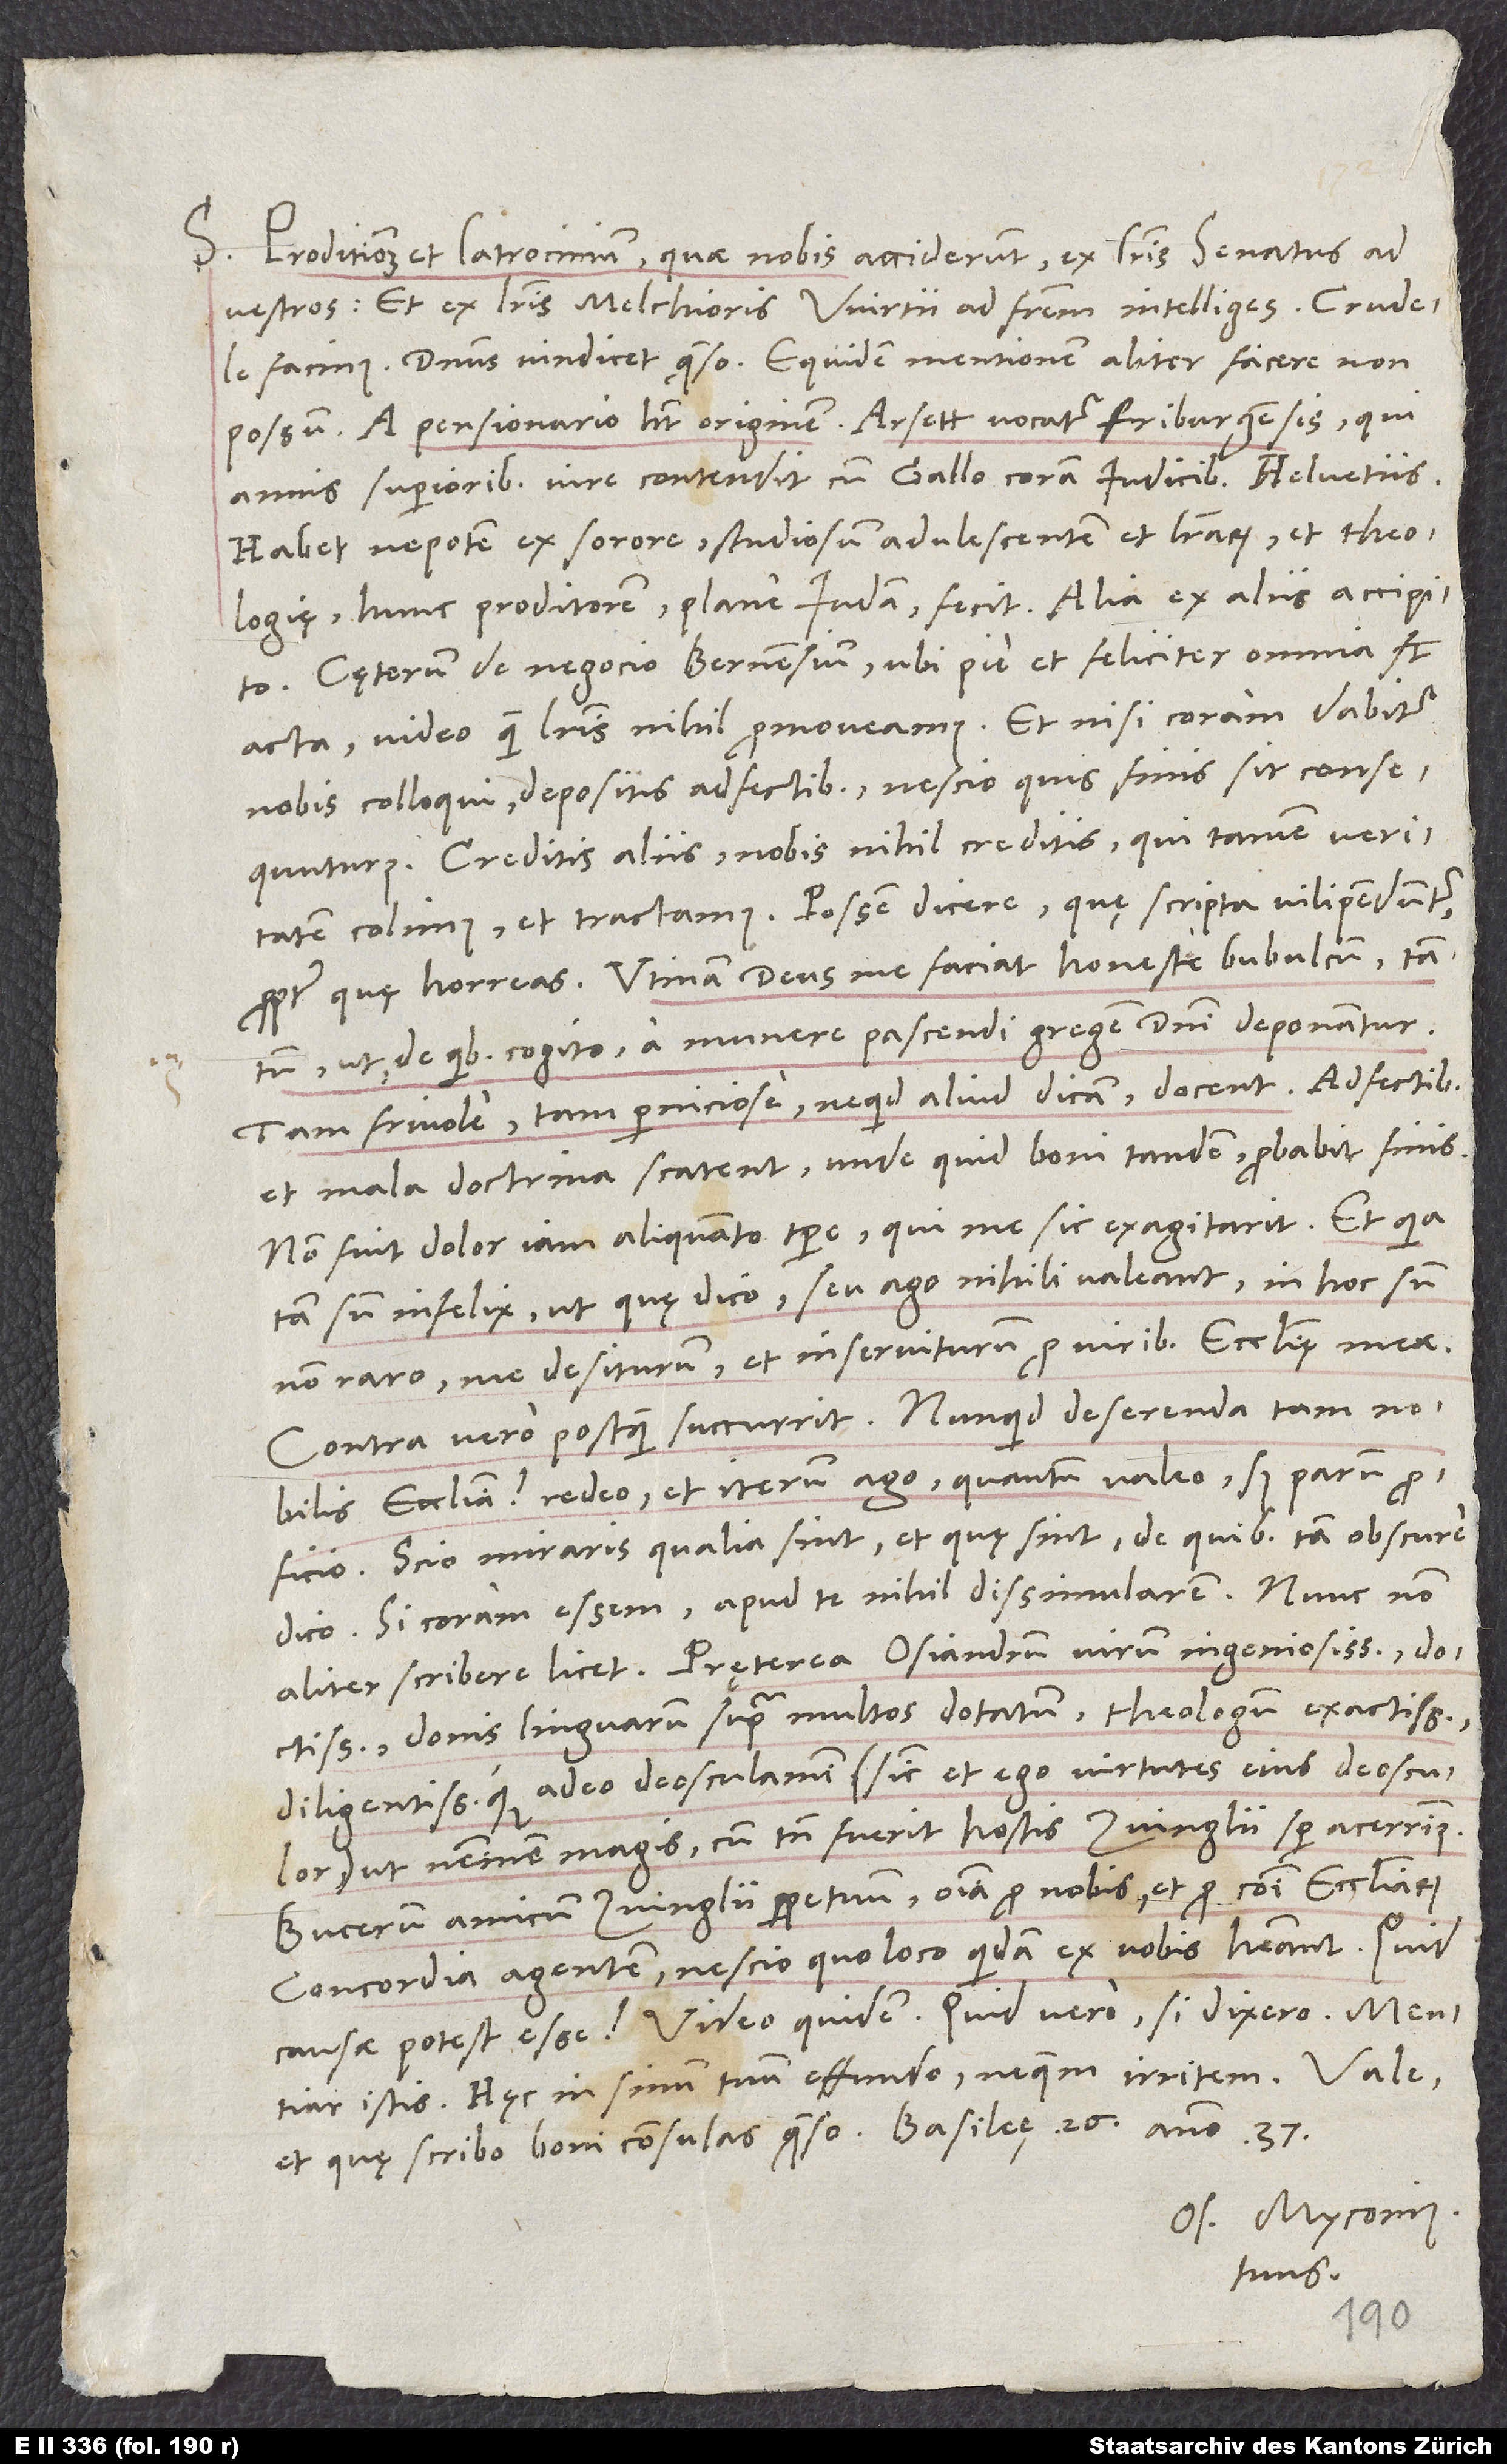
S. Proditionem et latrocinium, quae nobis acciderunt, ex literis senatus ad
vestros et ex literis Melchioris Wirtii ad fratrem intelliges. Crudele
facinus. Dominus vindicet, quaeso. Equidem mentionem aliter facere non
possum. A pensionario habet originem. Arsett vocatur, Friburgensis, qui
annis superioribus iure contendit cum Gallo coram iudicibus Helvetiis.
Habet nepotem ex sorore, studiosum adolescentem et literarum et theologiae;
hunc proditorem, plane Iudam fecit. Alia ex aliis accipito.
Cęterum de negocio Bernensium, ubi pie et feliciter omnia sunt
acta, video, quam literis nihil promoveamus. Et nisi coram dabitur
nobis colloqui depositis adfectibus, nescio, quis finis sit consequuturus.
Creditis aliis; nobis nihil creditis, qui tamen veritatem
colimus et tractamus. Possem dicere, quę scripta vilipenduntur,
propter quę horreas. Utinam deus me faciat honeste bubulcum, tantum
ut, de quibus cogito, a munere pascendi gregem domini deponantur!
Tam frivole, tam perniciose, ne quid aliud dicam, docent. Adfectibus
et mala doctrina scatent, unde quid boni tandem, probabit finis.
Non fuit dolor iam aliquanto tempore, qui me sic exagitarit. Et quia
sum infelix, ut, quę dico seu ago, nihili valeant, in hoc sum
non raro, me desiturum et inserviturum pro viribus ecclesię meae.
Contra vero, postquam succurrit: "Nunquid deserenda tam nobilis
ecclesia?", redeo et iterum ago, quantum valeo; sed parum proficio.
Scio, miraris, qualia sint et quę sint, de quibus tam obscure
dico. Si coram essem, apud te nihil dissimularem. Nunc non
doctissimum, donis linguarum supra multos dotatum, theologum exactissimum
diligentissimumque, adeo deosculamini (sicut et ego virtutes eius deosculor)
ut neminem magis, cum tamen fuerit hostis Zvinglii semper acerrimus;
Bucerum, amicum Zvinglii perpetuum, omnia pro nobis et pro communi ecclesiarum
concordia agentem, nescio quo loco quidam ex vobis habeant. Quid
causae potest esse? Video quidem. Quid vero, si dixero? Mentiar
istis. Haec in sinum tuum effundo, ne quem irritem.
Os. Myconius
tuus.